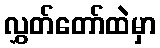
လွှတ်တော်ထဲမှာ